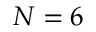
N = 6